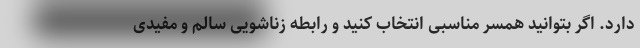
دارد. اگر بتوانید همسر مناسبی انتخاب کنید و رابطه زناشویی سالم و مفیدی